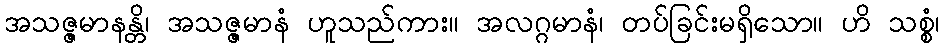
အသဇ္ဇမာနန္တိ၊ အသဇ္ဇမာနံ ဟူသည်ကား။ အလဂ္ဂမာနံ၊ တပ်ခြင်းမရှိသော။ ဟိ သစ္စံ၊